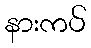
နားကပ်